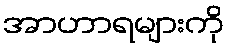
အာဟာရများကို